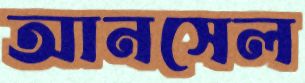
আনসেল